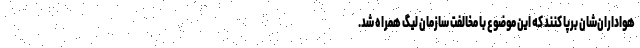
هواداران‌شان برپا کنند که این موضوع با مخالفت سازمان لیگ همراه شد.